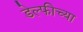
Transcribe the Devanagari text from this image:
डेल्फीच्या